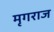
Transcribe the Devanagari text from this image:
मृगराज